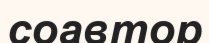
соавтор